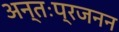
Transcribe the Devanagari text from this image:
अन्तःप्रजनन